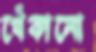
খেঁকানো